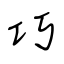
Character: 巧